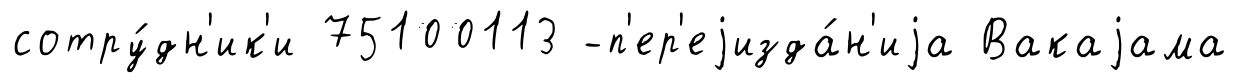
сотру́дн'ик'и 75100113 -п'ер'еjизда́н'иjа Вакаjама